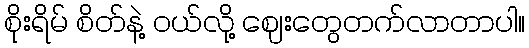
စိုးရိမ် စိတ်နဲ့ ဝယ်လို့ ဈေးတွေတက်လာတာပါ။